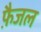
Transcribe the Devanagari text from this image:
फ़ैजल